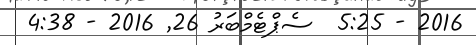
2016 - 5:25  ސެޕްޓެމްބަރު 26